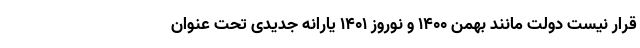
قرار نیست دولت مانند بهمن ۱۴۰۰ و نوروز ۱۴۰۱ یارانه جدیدی تحت عنوان